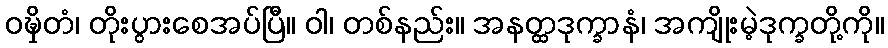
ဝဍ္ဎှိတံ၊ တိုးပွားစေအပ်ပြီ။ ဝါ၊ တစ်နည်း။ အနတ္ထဒုက္ခာနံ၊ အကျိုးမဲ့ဒုက္ခတို့ကို။